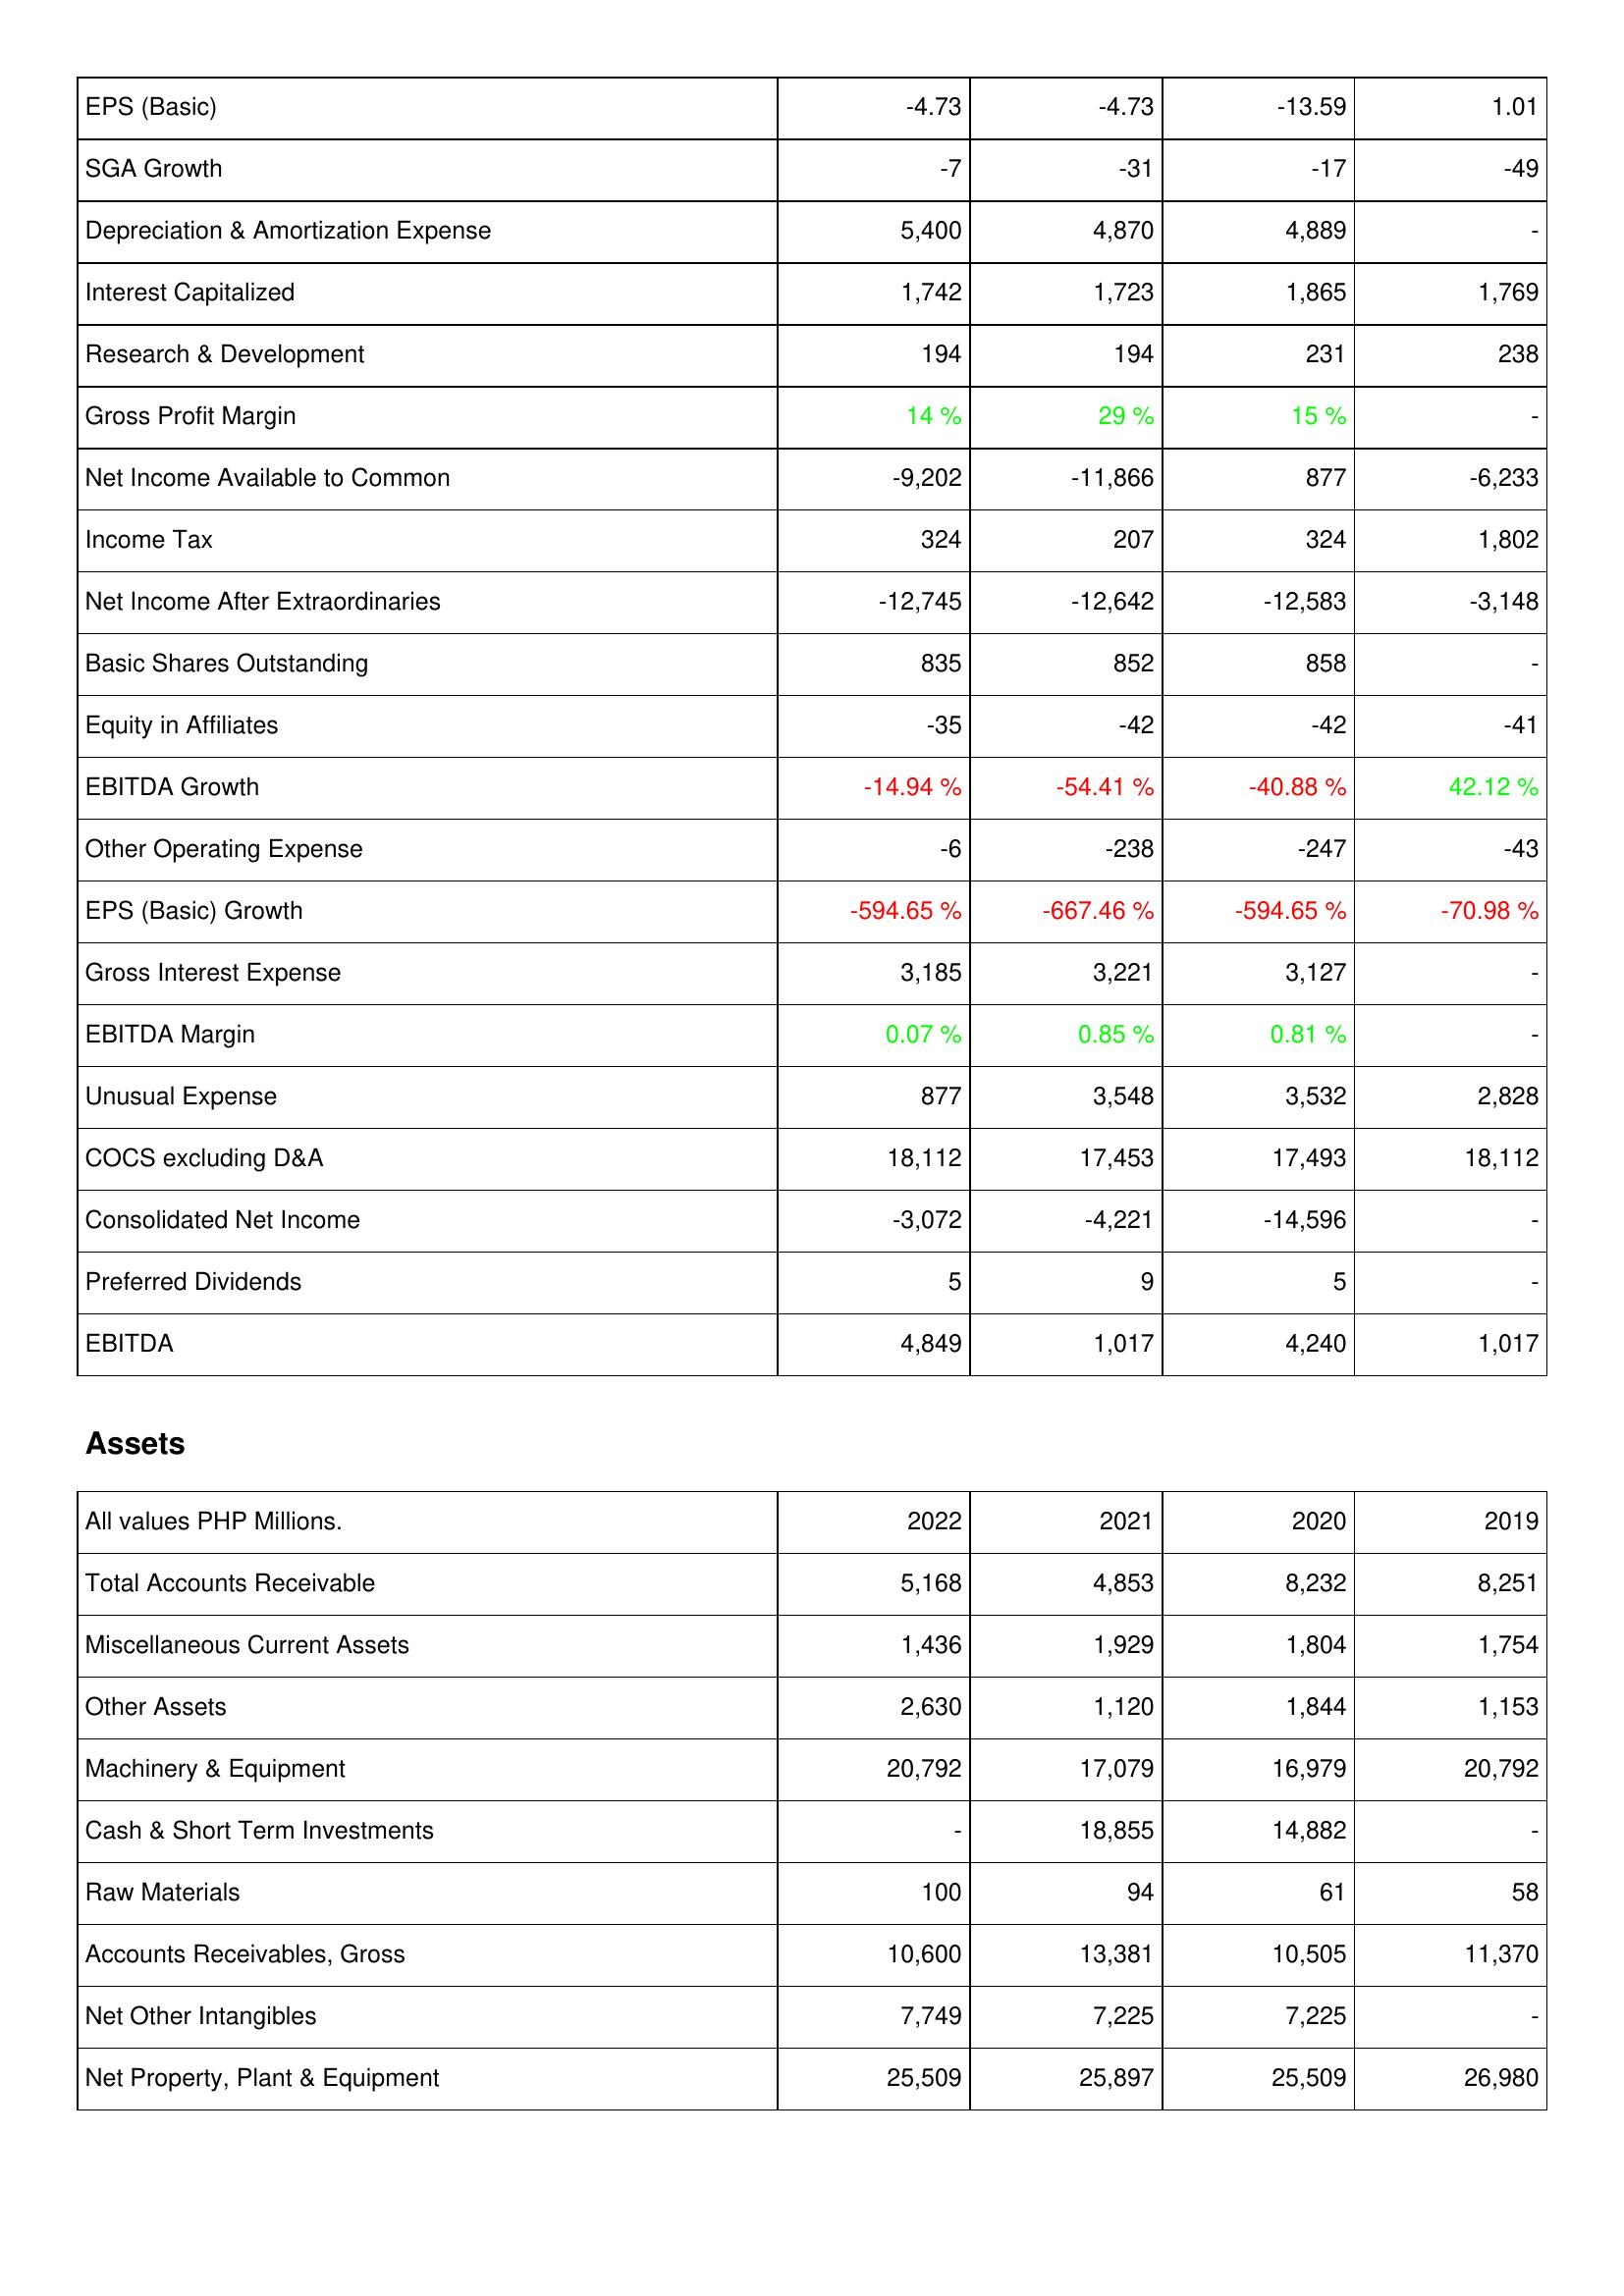
2022: Income Statement: EPS (Basic): -4.73
SGA Growth: -7
Depreciation & Amortization Expense: 5,400
Interest Capitalized: 1,742
Research & Development: 194
Gross Profit Margin: 14 %
Net Income Available to Common: -9,202
Income Tax: 324
Net Income After Extraordinaries: -12,745
Basic Shares Outstanding: 835
Equity in Affiliates: -35
EBITDA Growth: -14.94 %
Other Operating Expense: -6
EPS (Basic) Growth: -594.65 %
Gross Interest Expense: 3,185
EBITDA Margin: 0.07 %
Unusual Expense: 877
COCS excluding D&A: 18,112
Consolidated Net Income: -3,072
Preferred Dividends: 5
EBITDA: 4,849
Assets: Total Accounts Receivable: 5,168
Miscellaneous Current Assets: 1,436
Other Assets: 2,630
Machinery & Equipment: 20,792
Cash & Short Term Investments: -
Raw Materials: 100
Accounts Receivables, Gross: 10,600
Net Other Intangibles: 7,749
Net Property, Plant & Equipment: 25,509
2021: Income Statement: EPS (Basic): -4.73
SGA Growth: -31
Depreciation & Amortization Expense: 4,870
Interest Capitalized: 1,723
Research & Development: 194
Gross Profit Margin: 29 %
Net Income Available to Common: -11,866
Income Tax: 207
Net Income After Extraordinaries: -12,642
Basic Shares Outstanding: 852
Equity in Affiliates: -42
EBITDA Growth: -54.41 %
Other Operating Expense: -238
EPS (Basic) Growth: -667.46 %
Gross Interest Expense: 3,221
EBITDA Margin: 0.85 %
Unusual Expense: 3,548
COCS excluding D&A: 17,453
Consolidated Net Income: -4,221
Preferred Dividends: 9
EBITDA: 1,017
Assets: Total Accounts Receivable: 4,853
Miscellaneous Current Assets: 1,929
Other Assets: 1,120
Machinery & Equipment: 17,079
Cash & Short Term Investments: 18,855
Raw Materials: 94
Accounts Receivables, Gross: 13,381
Net Other Intangibles: 7,225
Net Property, Plant & Equipment: 25,897
2020: Income Statement: EPS (Basic): -13.59
SGA Growth: -17
Depreciation & Amortization Expense: 4,889
Interest Capitalized: 1,865
Research & Development: 231
Gross Profit Margin: 15 %
Net Income Available to Common: 877
Income Tax: 324
Net Income After Extraordinaries: -12,583
Basic Shares Outstanding: 858
Equity in Affiliates: -42
EBITDA Growth: -40.88 %
Other Operating Expense: -247
EPS (Basic) Growth: -594.65 %
Gross Interest Expense: 3,127
EBITDA Margin: 0.81 %
Unusual Expense: 3,532
COCS excluding D&A: 17,493
Consolidated Net Income: -14,596
Preferred Dividends: 5
EBITDA: 4,240
Assets: Total Accounts Receivable: 8,232
Miscellaneous Current Assets: 1,804
Other Assets: 1,844
Machinery & Equipment: 16,979
Cash & Short Term Investments: 14,882
Raw Materials: 61
Accounts Receivables, Gross: 10,505
Net Other Intangibles: 7,225
Net Property, Plant & Equipment: 25,509
2019: Income Statement: EPS (Basic): 1.01
SGA Growth: -49
Depreciation & Amortization Expense: -
Interest Capitalized: 1,769
Research & Development: 238
Gross Profit Margin: -
Net Income Available to Common: -6,233
Income Tax: 1,802
Net Income After Extraordinaries: -3,148
Basic Shares Outstanding: -
Equity in Affiliates: -41
EBITDA Growth: 42.12 %
Other Operating Expense: -43
EPS (Basic) Growth: -70.98 %
Gross Interest Expense: -
EBITDA Margin: -
Unusual Expense: 2,828
COCS excluding D&A: 18,112
Consolidated Net Income: -
Preferred Dividends: -
EBITDA: 1,017
Assets: Total Accounts Receivable: 8,251
Miscellaneous Current Assets: 1,754
Other Assets: 1,153
Machinery & Equipment: 20,792
Cash & Short Term Investments: -
Raw Materials: 58
Accounts Receivables, Gross: 11,370
Net Other Intangibles: -
Net Property, Plant & Equipment: 26,980